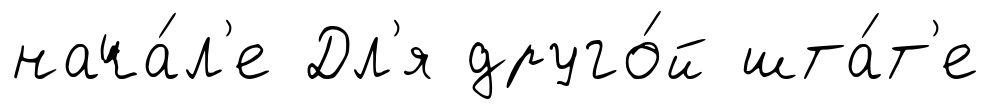
нача́л'е Дл'я друго́й шта́т'е